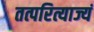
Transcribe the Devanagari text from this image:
तत्परित्याज्यं